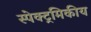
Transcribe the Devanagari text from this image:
स्पेक्ट्रमिकीय